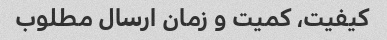
کیفیت، کمیت و زمان ارسال مطلوب